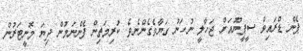
ޕެން ޑްރައިވް ސީޕީޔޫއަށް ޖަހާލީ ނުހަނު ގަޔާވެގެންނެވެ. ކުރިމަތިން ފެންނަމުން ދިޔަ މޮނީޓަރުން